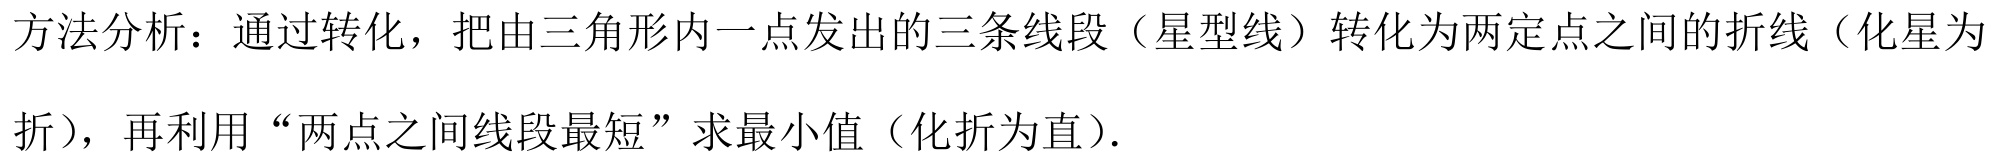
方法分析：通过转化，把由三角形内一点发出的三条线段（星型线）转化为两定点之间的折线（化星为折），再利用“两点之间线段最短”求最小值（化折为直）.